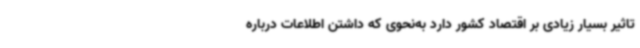
تاثیر بسیار زیادی بر اقتصاد کشور دارد به‌نحوی که داشتن اطلاعات درباره